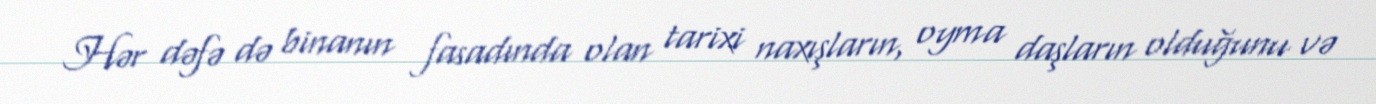
Hər dəfə də binanın fasadında olan tarixi naxışların, oyma daşların olduğunu və